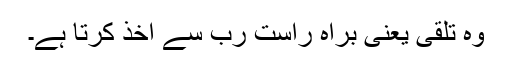
وہ تلقی یعنی براہِ راست رب سے اخذ کرتا ہے۔